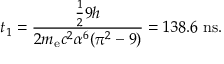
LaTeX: t _ { 1 } = { \frac { { \frac { 1 } { 2 } } 9 h } { 2 m _ { \mathrm { e } } c ^ { 2 } \alpha ^ { 6 } ( \pi ^ { 2 } - 9 ) } } = 1 3 8 . 6 ~ \mathrm { n s } .